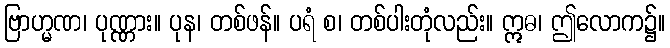
ဗြာဟ္မဏ၊ ပုဏ္ဏား။ ပုန၊ တစ်ဖန်။ ပရံ စ၊ တစ်ပါးတုံလည်း။ ဣဓ၊ ဤလောက၌။